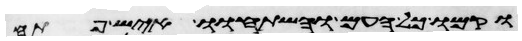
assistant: וקמו כל העם והשתחוו איש פתח